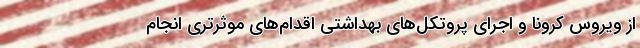
از ویروس کرونا و اجرای پروتکل‌های بهداشتی اقدام‌های موثرتری انجام